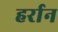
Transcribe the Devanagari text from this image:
हर्रान